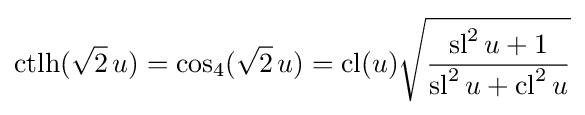
{\text{ctlh}}({\sqrt {2}}\,u)=\cos _{4}({\sqrt {2}}\,u)=\operatorname {cl} (u){\sqrt {\frac {\operatorname {sl} ^{2}u+1}{\operatorname {sl} ^{2}u+\operatorname {cl} ^{2}u}}}